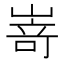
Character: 嵜